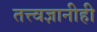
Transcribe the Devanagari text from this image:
तत्त्वज्ञानीही